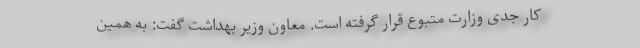
کار جدی وزارت متبوع قرار گرفته است. معاون وزیر بهداشت گفت: به همین